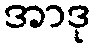
အာဒု